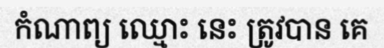
កំណាព្យ ឈ្មោះ នេះ ត្រូវបាន គេ